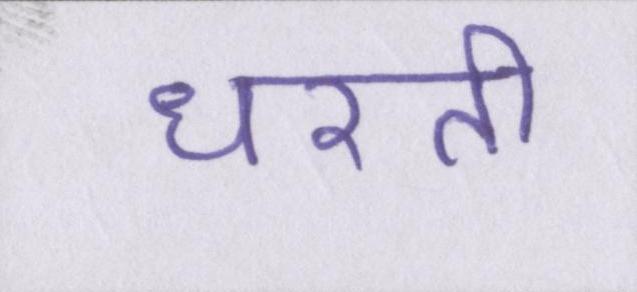
धरती